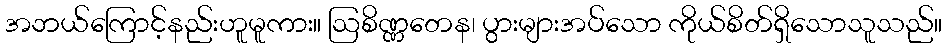
အဘယ်ကြောင့်နည်းဟူမူကား။ ဩစိဏ္ဏတေန၊ ပွားများအပ်သော ကိုယ်စိတ်ရှိသောသူသည်။